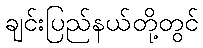
ချင်းပြည်နယ်တို့တွင်